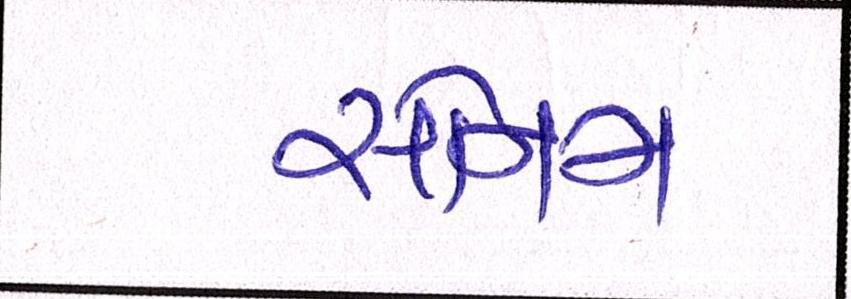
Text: સોનમ